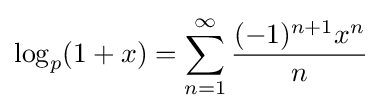
\log _{p}(1+x)=\sum _{n=1}^{\infty }{\frac {(-1)^{n+1}x^{n}}{n}}